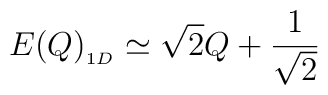
E(Q)_{_{1D}}\simeq \sqrt{2}Q+{\frac{1}{\sqrt{2}}}